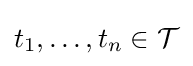
t_{1},\ldots ,t_{n}\in {\mathcal {T}}